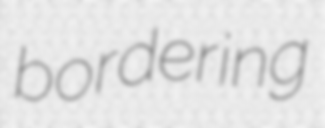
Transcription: bordering